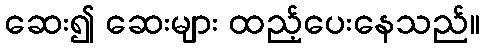
ဆေး၍ ဆေးများ ထည့်ပေးနေသည်။